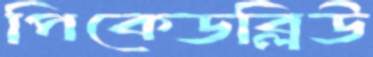
পিকেডব্লিউ